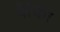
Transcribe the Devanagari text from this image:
मैचिँग